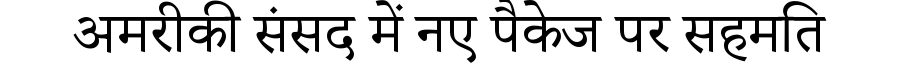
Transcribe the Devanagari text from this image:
अमरीकी संसद में नए पैकेज पर सहमति